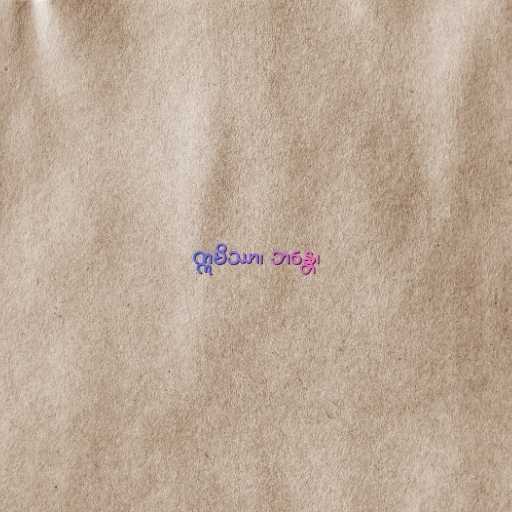
ဣမိဿာ၊ ဘန္တေ၊